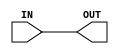
module ASSIGN1(IN, OUT);
   output OUT;
   input IN;
   assign OUT = IN;
endmodule